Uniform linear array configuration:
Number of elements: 48
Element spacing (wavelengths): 1
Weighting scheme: exponential
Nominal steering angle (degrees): -45
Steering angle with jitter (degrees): -45.4
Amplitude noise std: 0.05
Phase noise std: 0.05

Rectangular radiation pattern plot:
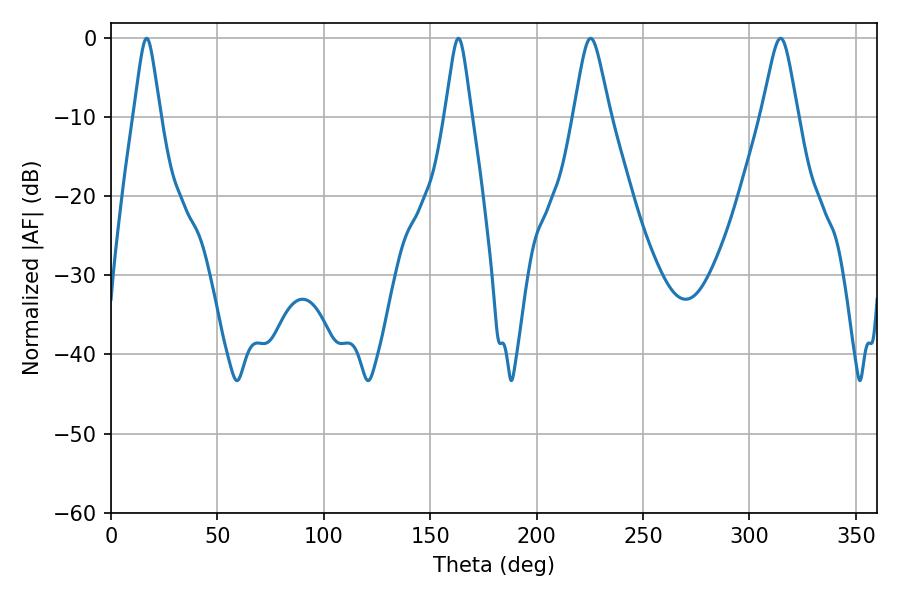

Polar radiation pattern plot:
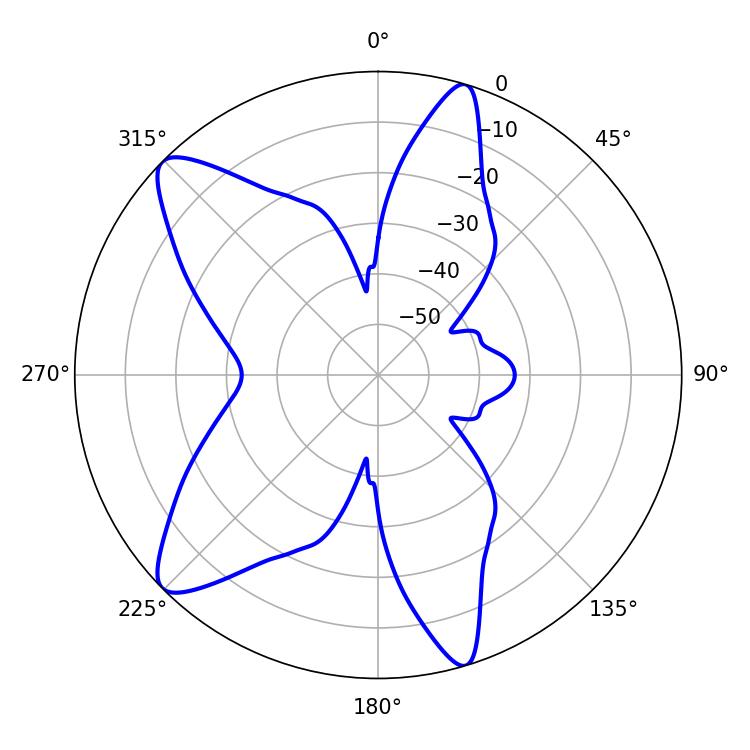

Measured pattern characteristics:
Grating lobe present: TRUE
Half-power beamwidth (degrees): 5.94
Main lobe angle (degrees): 16.74